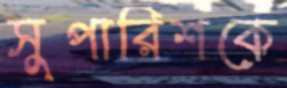
সুপারিশকে